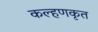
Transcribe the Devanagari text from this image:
कल्हणकृत